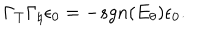
\Gamma _ { T } \Gamma _ { \natural } \epsilon _ { 0 } = - s g n ( E _ { \theta } ) \epsilon _ { 0 } .